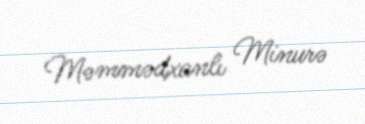
Məmmədxanlı Minurə